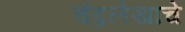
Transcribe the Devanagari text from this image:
चंद्रलेखाचे